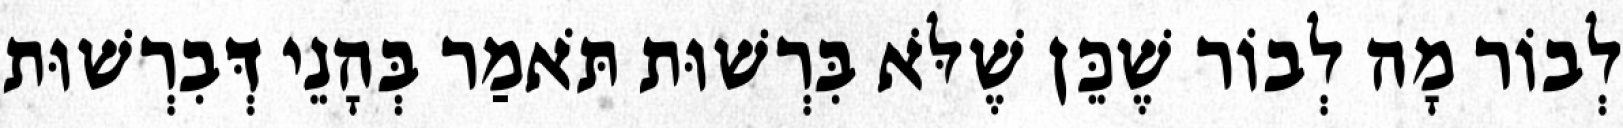
לְבוֹר מָה לְבוֹר שֶׁכֵּן שֶׁלֹּא בִּרְשׁוּת תֹּאמַר בְּהָנֵי דְּבִרְשׁוּת